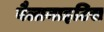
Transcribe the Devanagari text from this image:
बैलानाइटिस